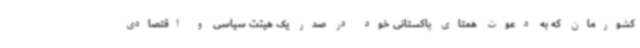
کشورمان که به دعوت همتای پاکستانی خود در صدر یک هیئت سیاسی و اقتصادی